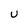
Character: U